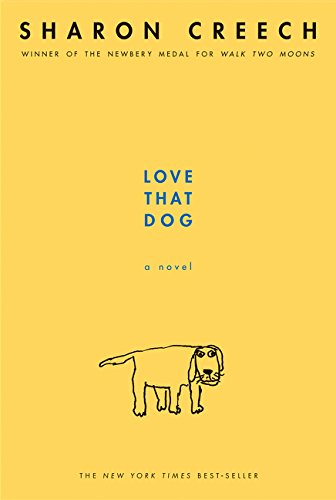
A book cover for Love That Dog; Sharon Creech; Children's Books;